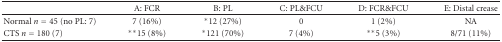
<table><thead><tr><td></td><td><b>A: FCR</b></td><td><b>B: PL</b></td><td><b>C: PL&amp;FCU</b></td><td><b>D: FCR&amp;FCU</b></td><td><b>E: Distal crease</b></td></tr></thead><tbody><tr><td>Normal <i>n</i> = 45 (no PL: 7)</td><td>7 (16%)</td><td>*12 (27%)</td><td>0</td><td>1 (2%)</td><td>NA</td></tr><tr><td>CTS <i>n</i> = 180 (7)</td><td>**15 (8%)</td><td>*121 (70%)</td><td>7 (4%)</td><td>**5 (3%)</td><td>8/71 (11%)</td></tr></tbody></table>